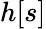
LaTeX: h[s]